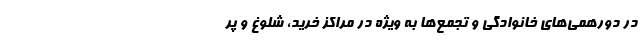
در دورهمی‌های خانوادگی و تجمع‌ها به ویژه در مراکز خرید، شلوغ و پُر